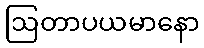
ဩတာပယမာနော